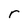
Character: r